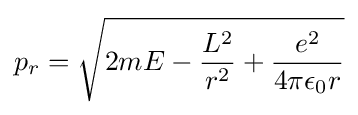
p_{r}={\sqrt {2mE-{\frac {L^{2}}{r^{2}}}+{\frac {e^{2}}{4\pi \epsilon _{0}r}}}}